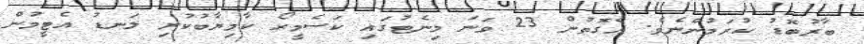
ބާރުބޮޑު ކުރަމުންނެވެ. އެގޮތުން 23 ވަނަ މިނެޓުގައި ކަސެމީރޯ ކާމިޔާބުކުރި ލަނޑު އެޓީމުން